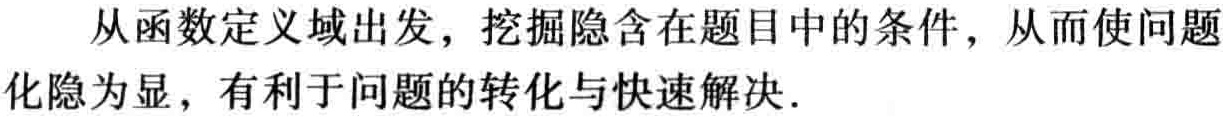
从函数定义域出发，挖掘隐含在题目中的条件，从而使问题化隐为显，有利于问题的转化与快速解决.